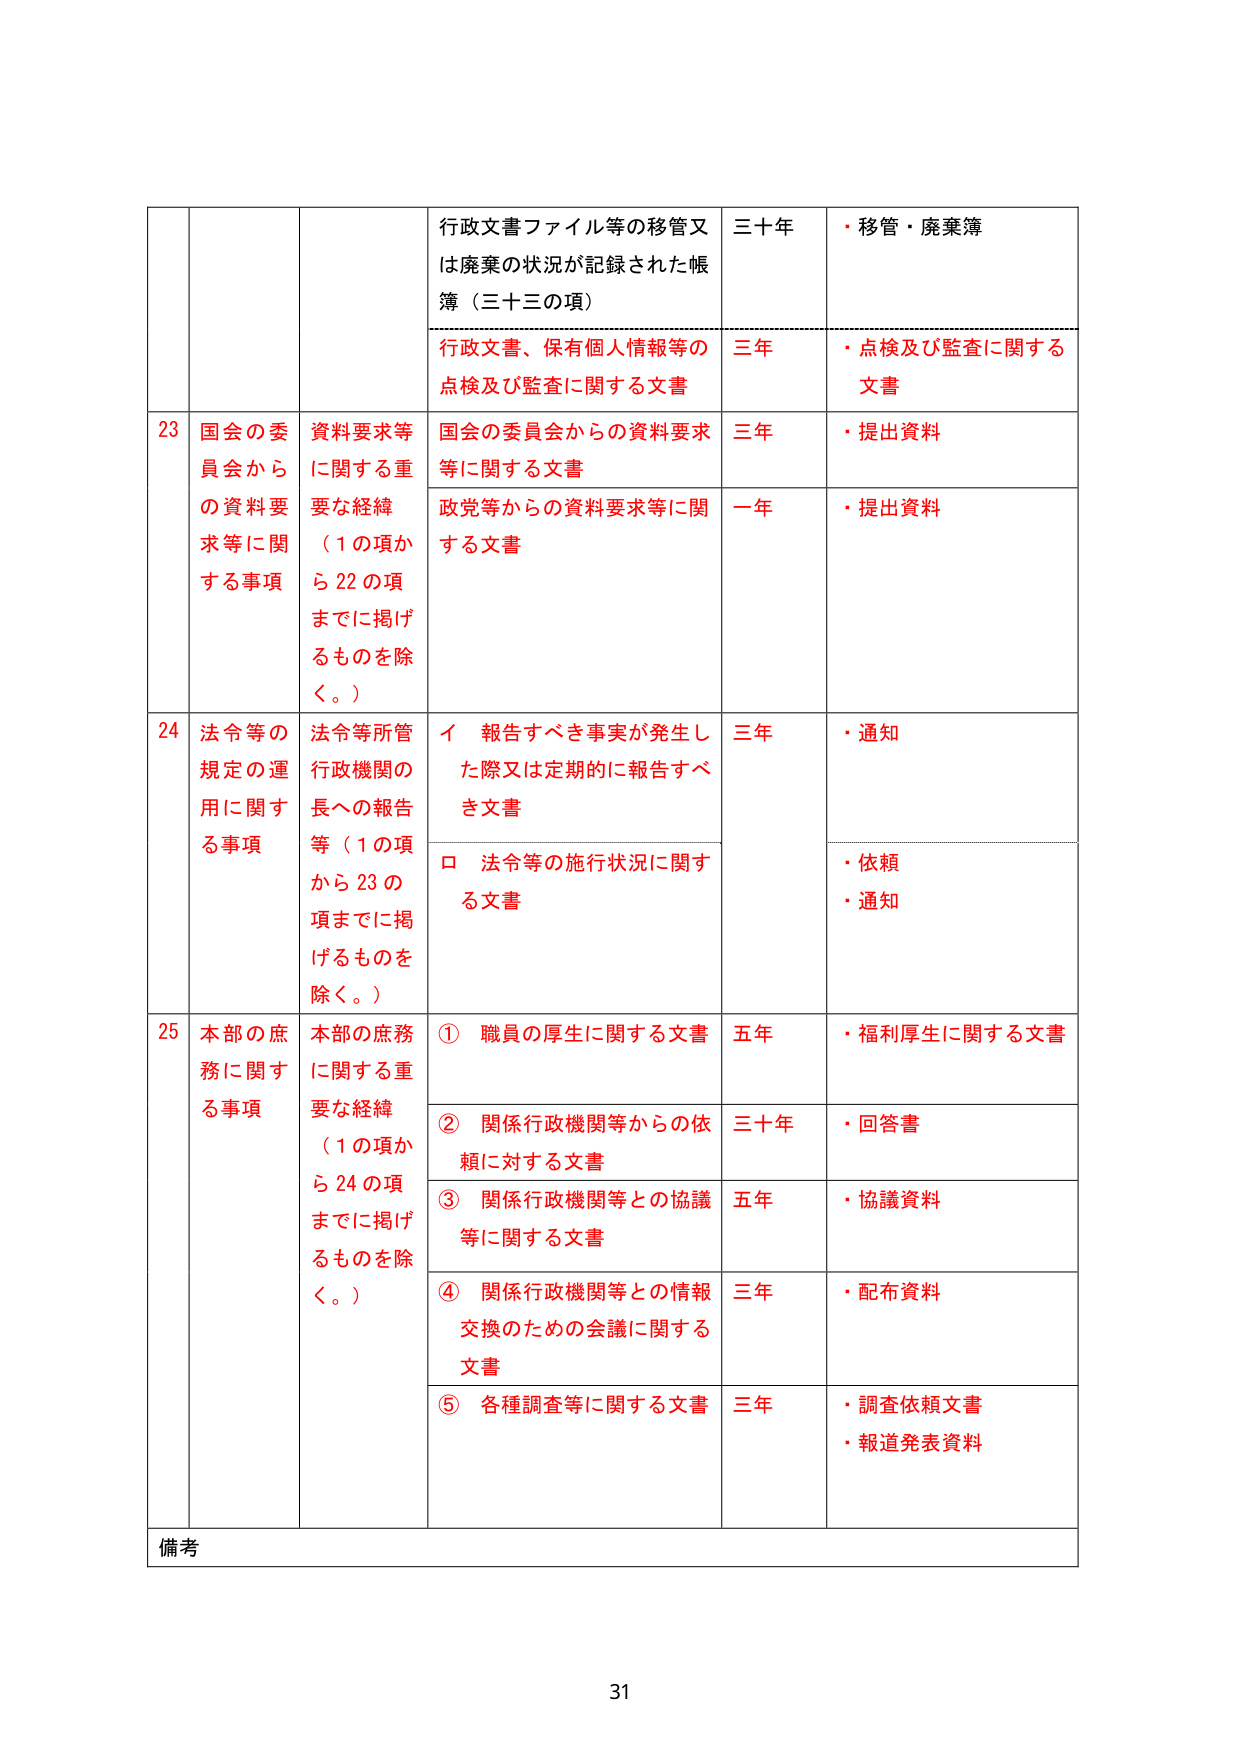
行政文書ファイル等の移管又は廃棄の状況が記録された帳簿（三十三の項）
三十年
・移管・廃棄簿

行政文書、保有個人情報等の点検及び監査に関する文書
三年
・点検及び監査に関する文書

23 国会の委員会からの資料要求等に関する事項
資料要求等に関する重要な経緯（1の項から22の項までに掲げるものを除く。）
国会の委員会からの資料要求等に関する文書
三年
・提出資料

政党等からの資料要求等に関する文書
一年
・提出資料

24 法令等の規定の運用に関する事項
法令等所管行政機関の長への報告等（1の項から23の項までに掲げるものを除く。）
イ 報告すべき事実が発生した際又は定期的に報告すべき文書
三年
・通知

ロ 法令等の施行状況に関する文書
・依頼
・通知

25 本部の庶務に関する事項
本部の庶務に関する重要な経緯（1の項から24の項までに掲げるものを除く。）
① 職員の厚生に関する文書
五年
・福利厚生に関する文書

② 関係行政機関等からの依頼に対する文書
三十年
・回答書

③ 関係行政機関等との協議等に関する文書
五年
・協議資料

④ 関係行政機関等との情報交換のための会議に関する文書
三年
・配布資料

⑤ 各種調査等に関する文書
三年
・調査依頼文書
・報道発表資料

備考

31